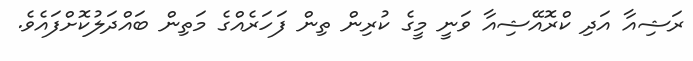
ރަޝިއާ އަދި ކްރޮއޭޝިއާ ވަނީ މީގެ ކުރިން ތިން ފަހަރެއްގެ މަތިން ބައްދަލުކޮށްފައެވެ.